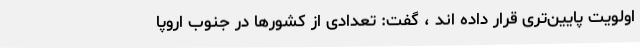
اولویت پایین‌تری قرار داده اند ، گفت: تعدادی از کشورها در جنوب اروپا